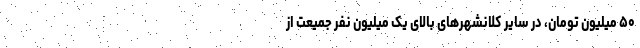
۵۰ میلیون تومان، در سایر کلانشهر‌های بالای یک میلیون نفر جمیعت از